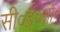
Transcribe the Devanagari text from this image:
सी०ई०ओ०